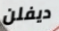
ديفلن